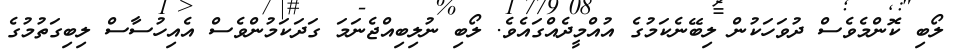
ލޯބި ކޮންމެވެސް ދުވަހަކުން ލިބޭނެކަމުގެ އުއްމީދެއްގައެވެ. ލޯބި ނުލިބިއްޖެނަމަ ގަދަކަމުންވެސް އެއިހުސާސް ލިބިގަތުމުގެ